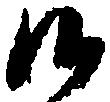
候